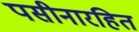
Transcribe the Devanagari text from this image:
पसीनारहित